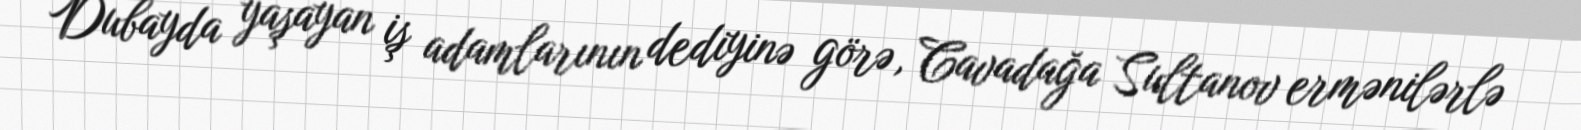
Dubayda yaşayan iş adamlarının dediyinə görə, Cavadağa Sultanov ermənilərlə